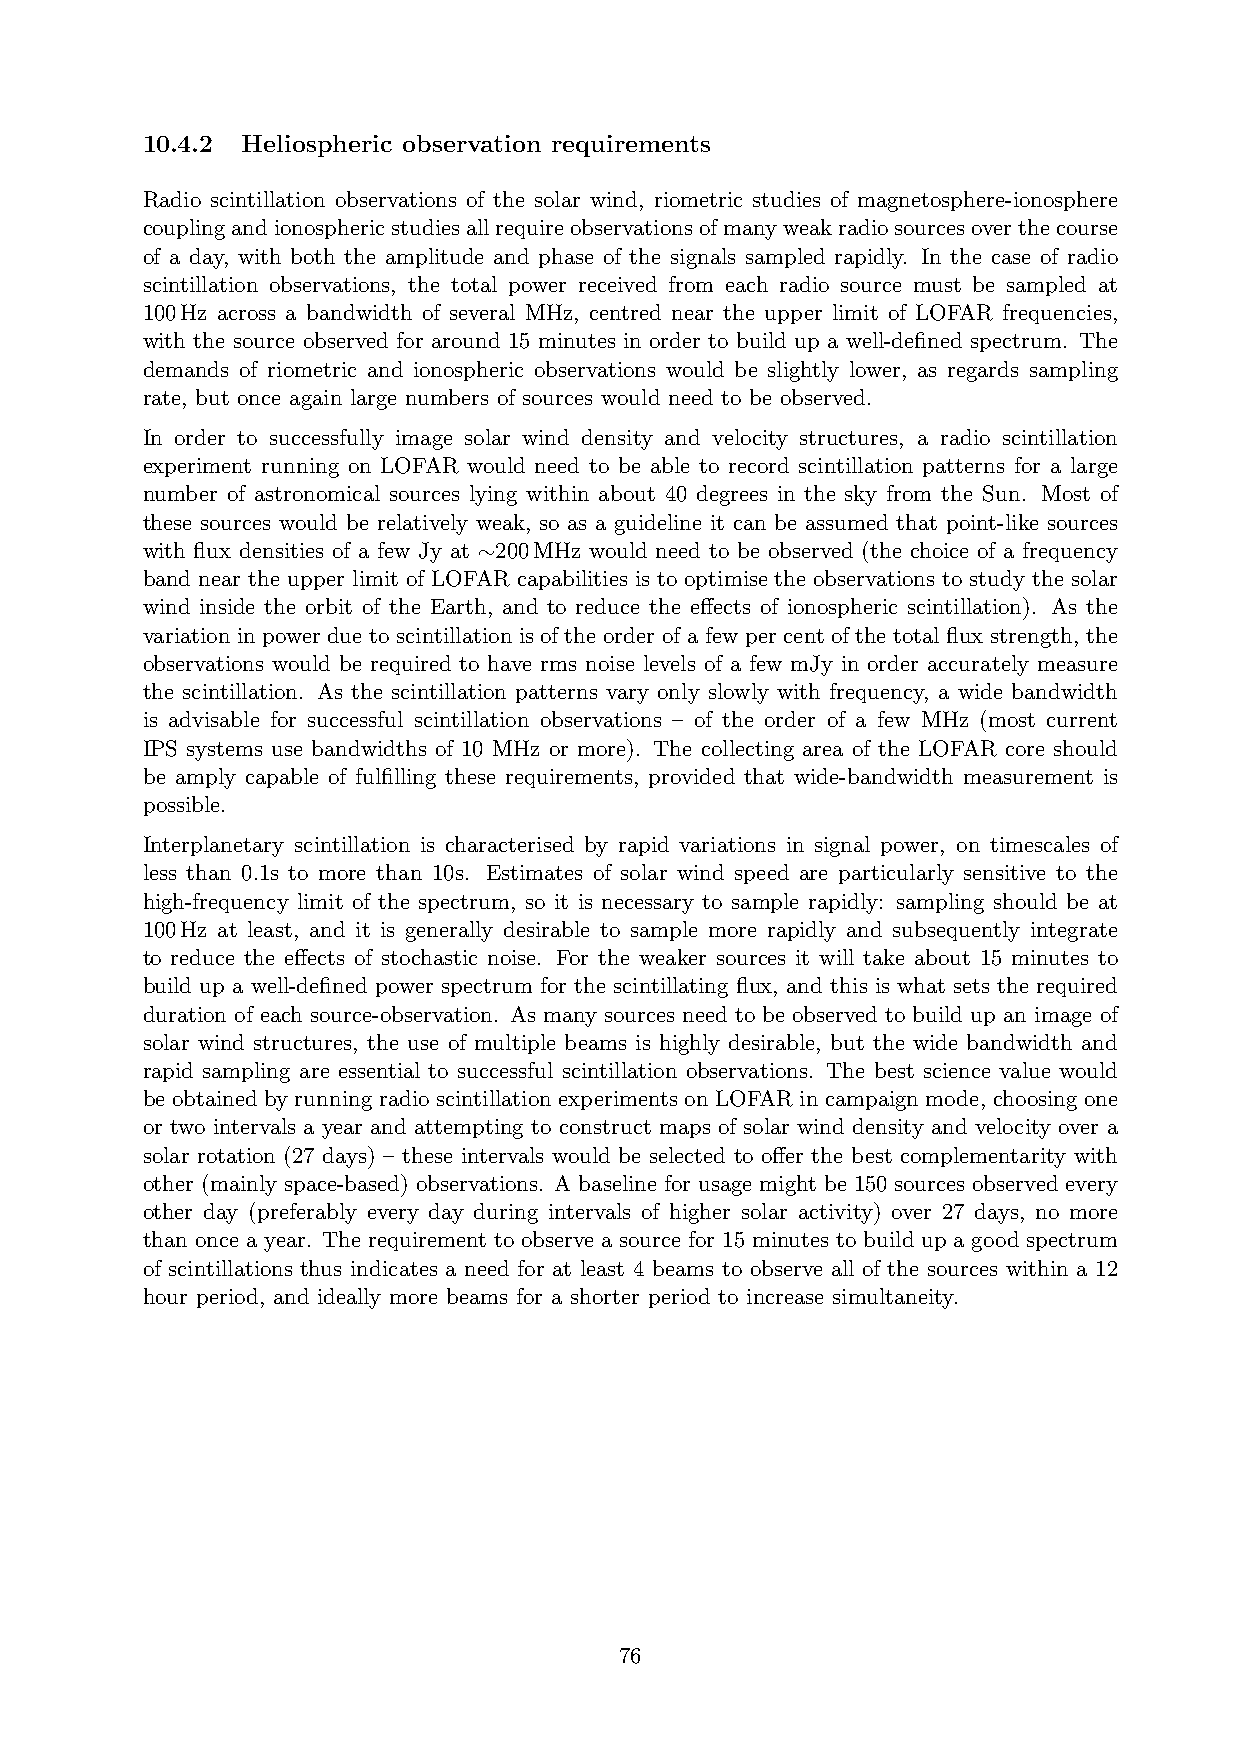
10.4.2 Heliospheric observation requirements
 Radio scintillation observations of the solar wind, riometric studies of magnetosphere-ionosphere
 couplingandionosphericstudiesallrequireobservationsofmanyweakradiosourcesoverthecourse
 of a day, with both the amplitude and phase of the signals sampled rapidly. In the case of radio
 scintillation observations, the total power received from each radio source must be sampled at
 100Hz across a bandwidth of several MHz, centred near the upper limit of LOFAR frequencies,
 with the source observed for around 15 minutes in order to build up a well-defined spectrum. The
 demands of riometric and ionospheric observations would be slightly lower, as regards sampling
 rate, but once again large numbers of sources would need to be observed.
 In order to successfully image solar wind density and velocity structures, a radio scintillation
 experiment running on LOFAR would need to be able to record scintillation patterns for a large
 number of astronomical sources lying within about 40 degrees in the sky from the Sun. Most of
 these sources would be relatively weak, so as a guideline it can be assumed that point-like sources
 with flux densities of a few Jy at 200MHz would need to be observed (the choice of a frequency
 ∼
 band near the upper limit of LOFAR capabilities is to optimise the observations to study the solar
 wind inside the orbit of the Earth, and to reduce the effects of ionospheric scintillation). As the
 variation in power due to scintillation is of the order of a few per cent of the total flux strength, the
 observations would be required to have rms noise levels of a few mJy in order accurately measure
 the scintillation. As the scintillation patterns vary only slowly with frequency, a wide bandwidth
 is advisable for successful scintillation observations – of the order of a few MHz (most current
 IPS systems use bandwidths of 10 MHz or more). The collecting area of the LOFAR core should
 be amply capable of fulfilling these requirements, provided that wide-bandwidth measurement is
 possible.
 Interplanetary scintillation is characterised by rapid variations in signal power, on timescales of
 less than 0.1s to more than 10s. Estimates of solar wind speed are particularly sensitive to the
 high-frequency limit of the spectrum, so it is necessary to sample rapidly: sampling should be at
 100Hz at least, and it is generally desirable to sample more rapidly and subsequently integrate
 to reduce the effects of stochastic noise. For the weaker sources it will take about 15 minutes to
 build up a well-defined power spectrum for the scintillating flux, and this is what sets the required
 duration of each source-observation. As many sources need to be observed to build up an image of
 solar wind structures, the use of multiple beams is highly desirable, but the wide bandwidth and
 rapid sampling are essential to successful scintillation observations. The best science value would
 be obtained by running radio scintillation experiments on LOFAR in campaign mode, choosing one
 or two intervals a year and attempting to construct maps of solar wind density and velocity over a
 solar rotation (27 days) – these intervals would be selected to offer the best complementarity with
 other (mainly space-based) observations. A baseline for usage might be 150 sources observed every
 other day (preferably every day during intervals of higher solar activity) over 27 days, no more
 than once a year. The requirement to observe a source for 15 minutes to build up a good spectrum
 of scintillations thus indicates a need for at least 4 beams to observe all of the sources within a 12
 hour period, and ideally more beams for a shorter period to increase simultaneity.
 76